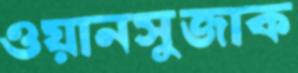
ওয়ানসুজাক